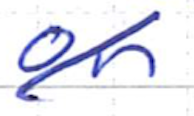
Text: on
Cross-out: diagonal
Writing tool: ballpoint